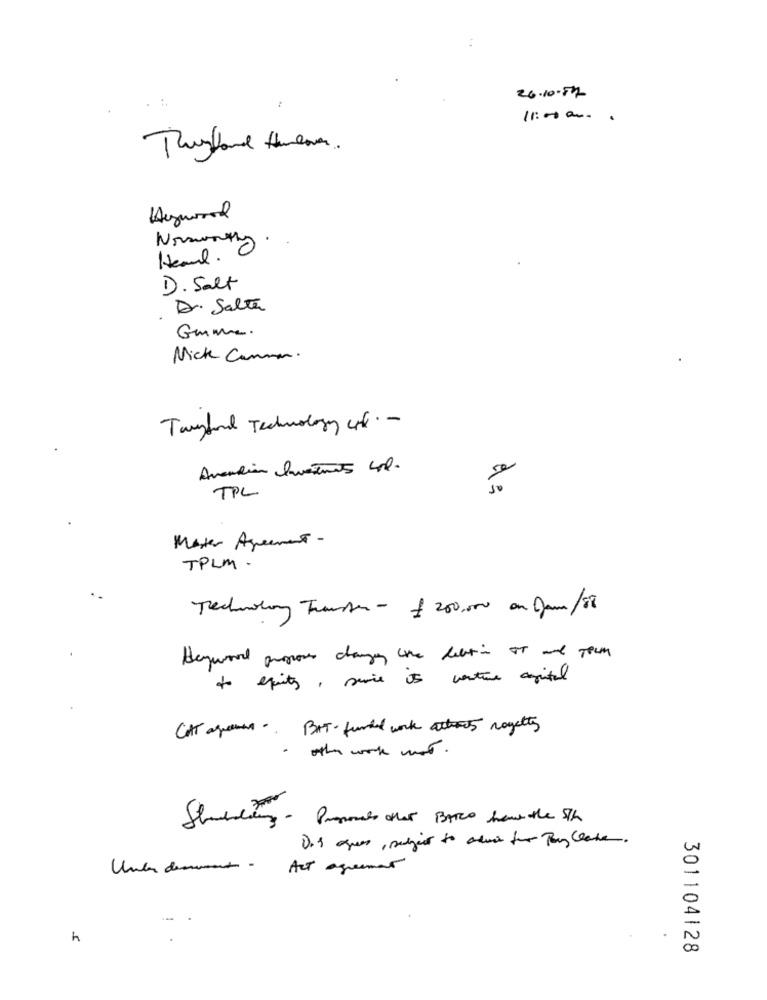
26.10-57
11:00 ....
Hywood
Nosworthy
Heal.
D. Salt
Dr. Salta
Gmme.
Nick Cannon.
Tayland Technology urk .-
Avandia Ivatrots Lol.
TPL
Master Agreement-
TPLM.
Technolin Transer - £ 200,000 an Dam/88
to equity, service is venture agital
CAT agence - BIT- funded work actos nogetty
- the work mot .
Shedding - Proposals other BARCO have the 5th
Act agreement
h
301104128